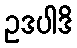
ဥဒပါဒိ